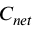
C _ { n e t }